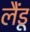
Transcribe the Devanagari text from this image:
लैंडू